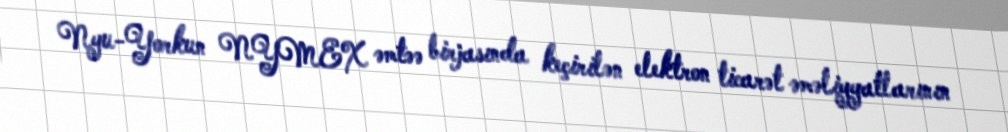
Nyu-Yorkun NYMEX əmtəə birjasında keçirilən elektron ticarət əməliyyatlarının